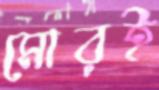
মোরই